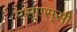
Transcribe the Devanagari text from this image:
एस्‌एस्‌सी